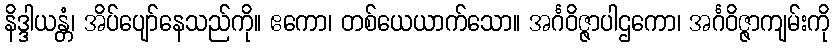
နိဒ္ဒါယန္တံ၊ အိပ်ပျော်နေသည်ကို။ ဧကော၊ တစ်ယေယာက်သော။ အင်္ဂဝိဇ္ဇာပါဌကော၊ အင်္ဂဝိဇ္ဇာကျမ်းကို